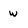
Character: w